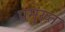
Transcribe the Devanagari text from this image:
प्रमुख्त